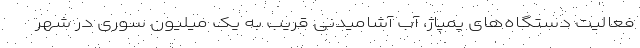
فعالیت دستگاه‌های پمپاژ، آب آشامیدنی قریب به یک میلیون سوری در شهر